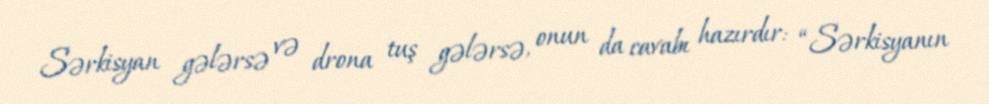
Sərkisyan gələrsə və drona tuş gələrsə, onun da cavabı hazırdır: “Sərkisyanın